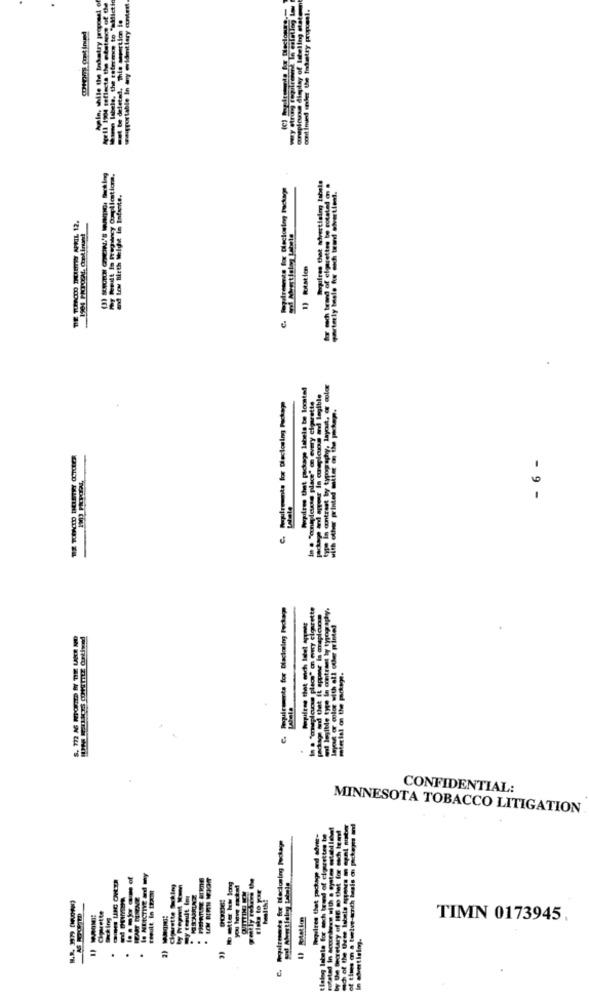
ein, while the Inkotry propose! o
migportable In any wvidmitlary content
plus dieplay of Iteling etats
omnit ined ender Uwe Industry proposal.
Dings Continued
34 reflects the times
be delete
C. lapulresmto for Dleclosing Package
THE THEOLO DUTY APKIL 12.
1) Rotation
Peoplewe that package labels be lomte!
contrast by typography, layout, er color
C. Populrents for Dieclosing Package
-------- ---.
type in contrast by type
- 6 -
Jepod or color with all other printed
Mapilese that onich label Appar
material on the parkoge.
CONFIDENTIAL:
MINNESOTA TOBACCO LITIGATION
laing labele for arch trend of cigarettes
Wy the Secretary of 16 so that for sch Im
# thes on a towive-enth basis on packages
sted In accordves with a system motel
I NEKTIVE Ed BY
Freult in that
otte how long
tiske to par
with!
Cigarette
TIMN 0173945.
Ich of the ted
in advertising.
.
.
C.